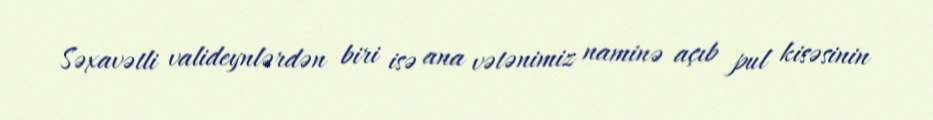
Səxavətli valideynlərdən biri isə ana vətənimiz naminə açıb pul kisəsinin